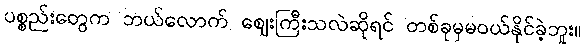
ပစ္စည်းတွေက ဘယ်လောက် ဈေးကြီးသလဲဆိုရင် တစ်ခုမှမဝယ်နိုင်ခဲ့ဘူး။